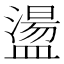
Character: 盪